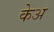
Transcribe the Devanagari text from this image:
केअ